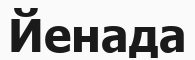
Йенада